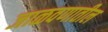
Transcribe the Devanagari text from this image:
जाळवणातील